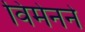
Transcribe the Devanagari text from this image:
विमेनने